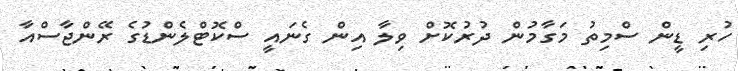
ހުރި ޑީން ސްމިތު މަގާމުން ދުރުކޮށް ވިލާ އިން ގެނައީ ސްކޮޓްލެންޑުގެ ރޭންޖާސްއާ